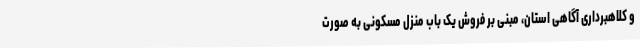
و کلاهبرداری آگاهی استان، مبنی بر فروش یک باب منزل مسکونی به صورت